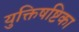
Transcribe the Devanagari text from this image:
युक्तिषष्टिका